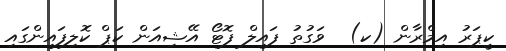
ކީޕަރު އިމްރާން (ކ)  ވަގުތު ފައިލް ފޮޓޯ އޭޝިއަން ކަޕް ކޮލިފައިންގައި